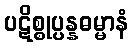
ပဋိစ္စုပ္ပန္နဓမ္မာနံ